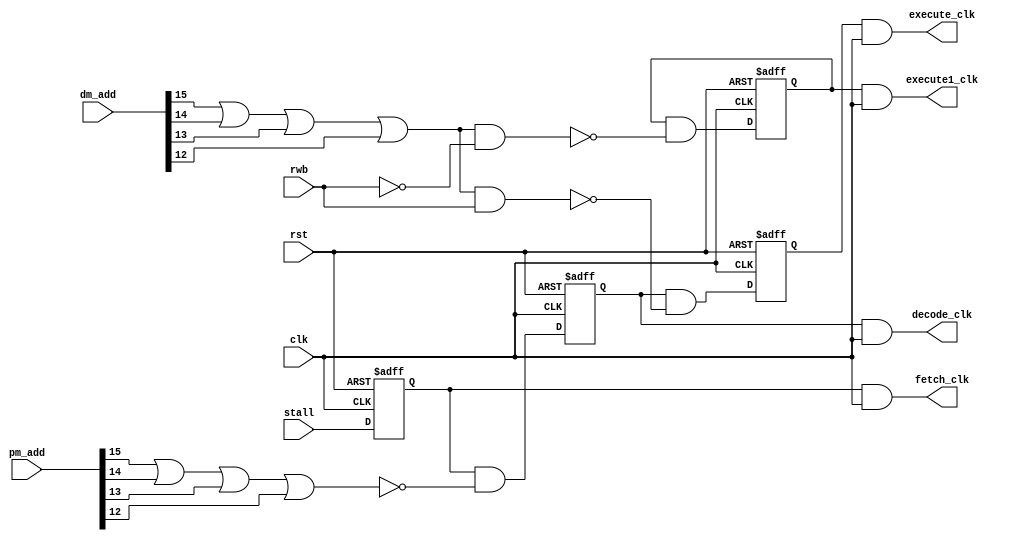
module stalling_design(clk,rst,stall,pm_add,dm_add,rwb,fetch_clk,decode_clk,execute_clk,execute1_clk);
input clk,rst,stall,rwb;
input[15:0]dm_add,pm_add;
reg fetch_en=0,decode_en=0,execute_en=0,execute1_en=0;
output wire fetch_clk,decode_clk,execute_clk,execute1_clk;
wire [2:0]A;
assign fetch_clk=fetch_en & clk;
assign decode_clk=decode_en& clk;
assign execute_clk=execute_en & clk;
assign execute1_clk=execute1_en & clk;
assign A[0]= (dm_add[15]|dm_add[14]|dm_add[13]|dm_add[12])&(~rwb);
assign A[1]= (dm_add[15]|dm_add[14]|dm_add[13]|dm_add[12])&(rwb);
assign A[2]= (pm_add[15]|pm_add[14]|pm_add[13]|pm_add[12]);
always @(negedge clk or negedge rst)begin
    if(!rst) begin
        fetch_en<=1;
        decode_en<=1;
        execute_en<=1;
        execute1_en<=1;
    end
    else begin
        fetch_en<=stall;
        decode_en<=fetch_en&~A[2];
        execute_en<=decode_en&~A[1];
        execute1_en<=execute1_en&~A[0];
    end
end
endmodule